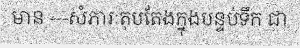
មាន ---សំភារៈតុបតែងក្នុងបន្ទប់ទឹក ជា